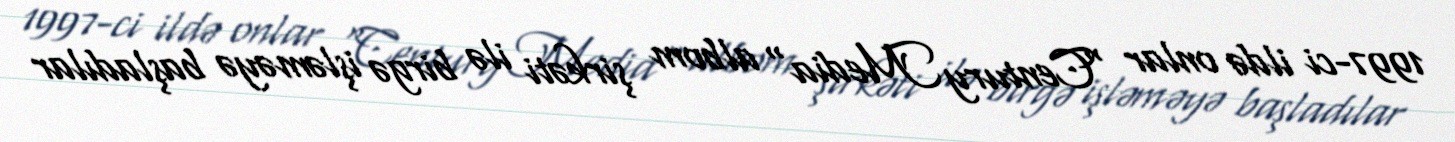
1997-ci ildə onlar "Century Media" albom şirkəti ilə birgə işləməyə başladılar